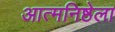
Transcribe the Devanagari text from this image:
आत्मनिष्ठेला